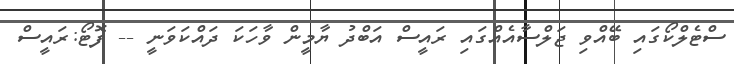
ސްޓެލްކޯގައި ބޭއްވި ޖަލްސާއެއްގައި ރައީސް އަބްދު ޔާމީން ވާހަކަ ދައްކަވަނީ -- ފޮޓޯ:ރައީސް